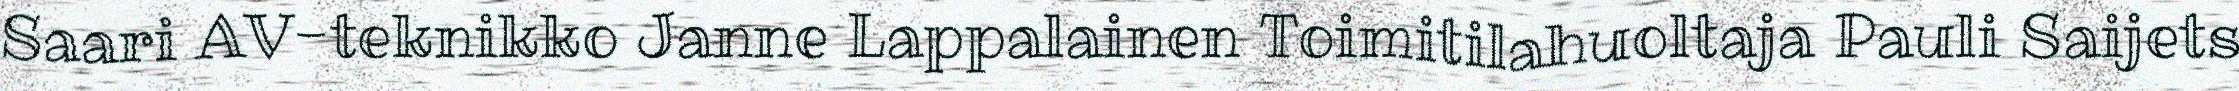
Saari AV-teknikko Janne Lappalainen Toimitilahuoltaja Pauli Saijets